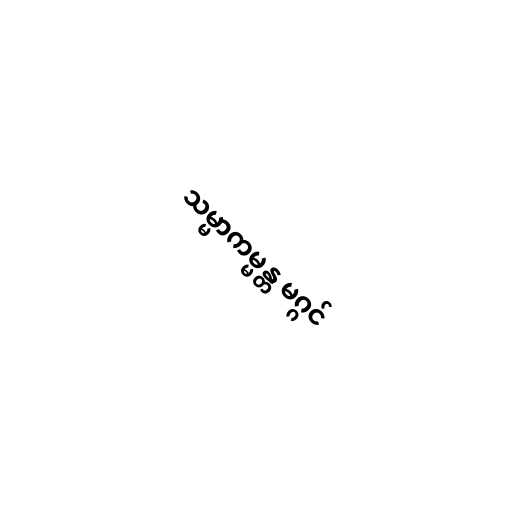
သမ္မာကမ္မန္တ မဂ္ဂင်